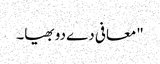
"معافی دے دو بھیا۔